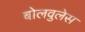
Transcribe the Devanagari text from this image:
बोलवुलेस